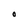
Character: O